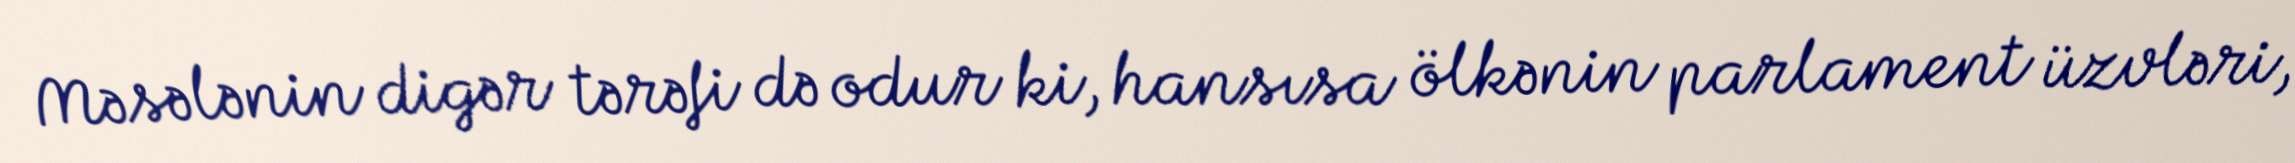
Məsələnin digər tərəfi də odur ki, hansısa ölkənin parlament üzvləri,